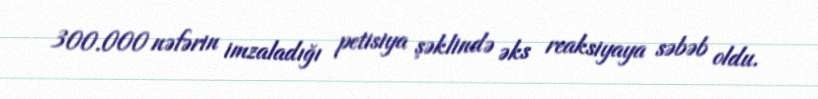
300.000 nəfərin imzaladığı petisiya şəklində əks reaksiyaya səbəb oldu.